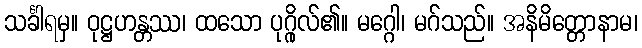
သင်္ခါရမှ။ ဝုဋ္ဌဟန္တဿ၊ ထသော ပုဂ္ဂိုလ်၏။ မဂ္ဂေါ၊ မဂ်သည်။ အနိမိတ္တောနာမ၊